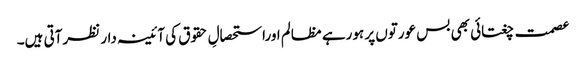
عصمت چغتائی بھی بس عورتوں پر ہورہے مظالم اوراستحصالِ حقوق کی آئینہ دار نظرآتی ہیں۔